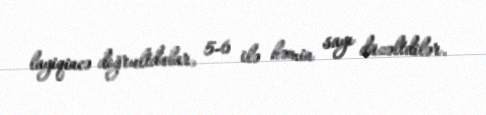
layiqincə doğrultdular, 5-6 ilə həmin sayı düzəltdilər.